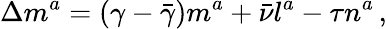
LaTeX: \Delta m^{a}=(\gamma-{\bar{\gamma}})m^{a}+{\bar{\nu}}l^{a}-\tau n^{a}\, ,